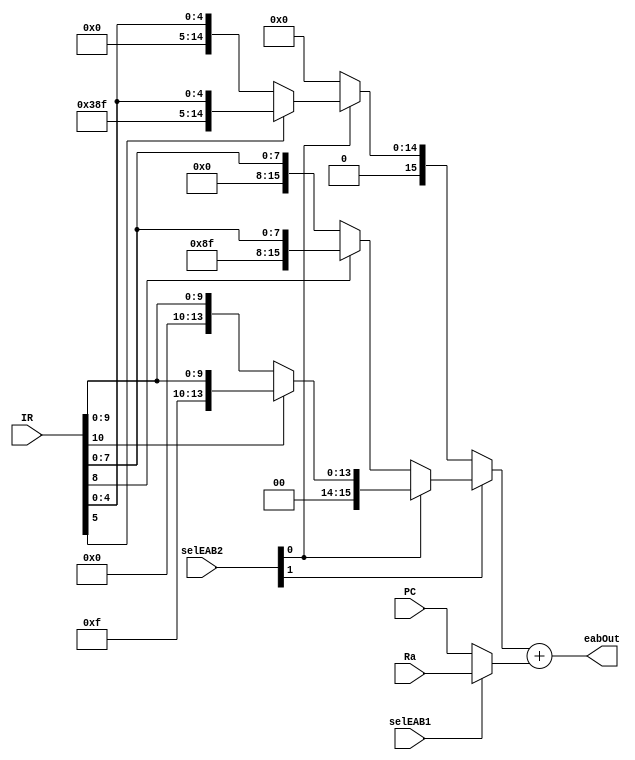
module EAB(input[10:0] IR, input[1:0] selEAB2, input selEAB1, input [15:0] PC, input [15:0] Ra, output[15:0] eabOut);
	wire[15:0] w2, w1, w0;
	wire[15:0] e1, e0;
	
	//Sin extending.
	assign w2 = IR[10]?{11111, IR[10:0]}:{00000, IR[10:0]};
	assign w1 = IR[8]?{1111111, IR[8:0]}:{0000000, IR[8:0]};
	assign w0 = IR[5]?{1111111111, IR[5:0]}:{0000000000, IR[5:0]};
	
	//Mux.
	assign e1 = selEAB2[1]?(selEAB2[0]?w2:w1):(selEAB2[0]?w0:0);
	assign e0 = selEAB1?Ra:PC;
	
	//Add.
	assign eabOut = e1 + e0;
endmodule